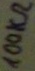
Text: 100KΩ